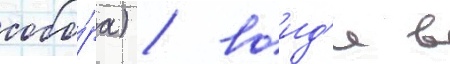
собо́ра) / воид'я в